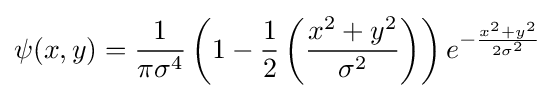
\psi (x,y)={\frac {1}{\pi \sigma ^{4}}}\left(1-{\frac {1}{2}}\left({\frac {x^{2}+y^{2}}{\sigma ^{2}}}\right)\right)e^{-{\frac {x^{2}+y^{2}}{2\sigma ^{2}}}}